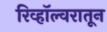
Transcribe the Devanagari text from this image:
रिव्हॉल्वरातून